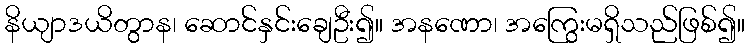
နိယျာဒယိတွာန၊ ဆောင်နှင်းချေဦး၍။ အနဏော၊ အကြွေးမရှိသည်ဖြစ်၍။